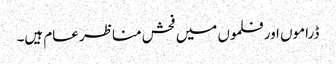
ڈراموں اور فلموں میں فحش مناظر عام ہیں۔